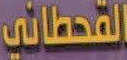
القحطاني